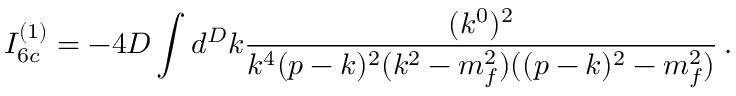
I _ { 6 c } ^ { ( 1 ) } = - 4 D \int d ^ { D } k \frac { ( k ^ { 0 } ) ^ { 2 } } { k ^ { 4 } ( p - k ) ^ { 2 } ( k ^ { 2 } - m _ { f } ^ { 2 } ) ( ( p - k ) ^ { 2 } - m _ { f } ^ { 2 } ) } \, .